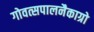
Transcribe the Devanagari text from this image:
गोवत्सपालनैकाग्रो